Lunatic asylums Punjab 1911-1921 - 1911-1921
Year: 1911
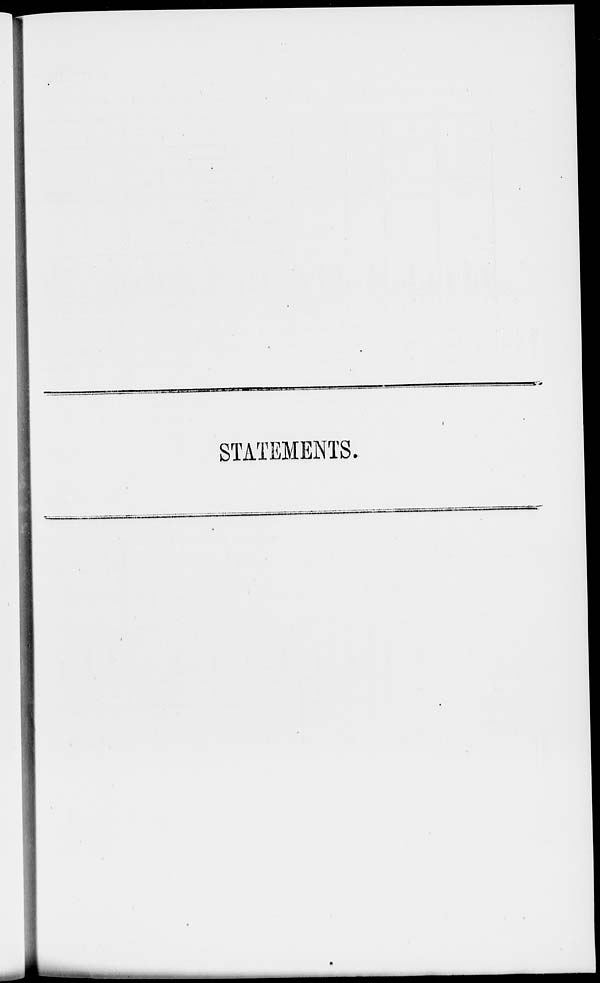
STATEMENTS.